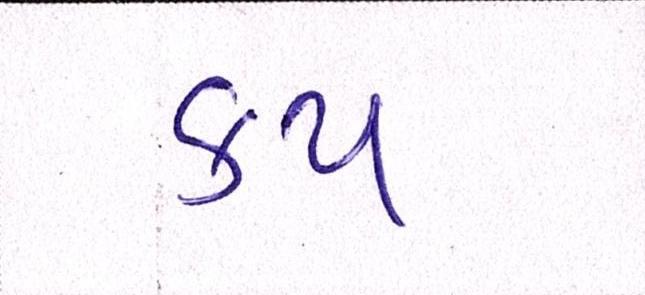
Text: કપ